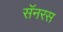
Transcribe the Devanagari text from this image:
सॅनरस